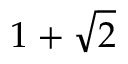
1 + { \sqrt { 2 } }